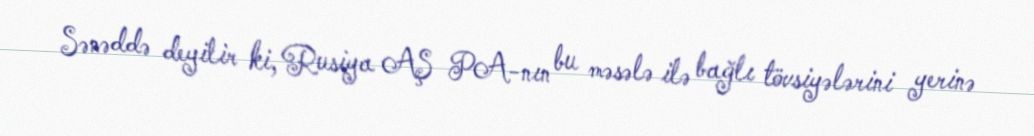
Sənəddə deyilir ki, Rusiya AŞ PA-nın bu məsələ ilə bağlı tövsiyələrini yerinə